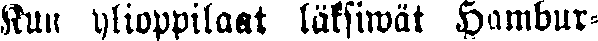
Kun ylioppilaat läksiwät Hambur-